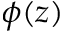
\phi ( z )